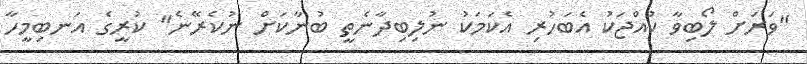
"ވަރަށް ލޯބިވާ ކުއްޖަކު އެބަހުރި އެކަމަކު ނުލިބިދާނެތީ ބުނާކަށް ނުކެރޭނެ" ކުރީގެ އަނބިމީހާ